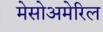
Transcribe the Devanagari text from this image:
मेसोअमेरिल